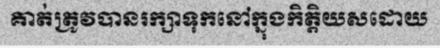
គាត់ត្រូវបានរក្សាទុកនៅក្នុងកិត្តិយសដោយ